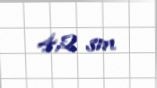
4,2 sm